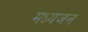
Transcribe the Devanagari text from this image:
मध्यजन